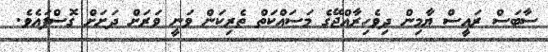
ސާބަސް ރައީސް ޔާމިން ދިވެހިރާއްޖޭގެ މަސައްކަތް ތެރިކަން ވަނީ ވަރަށް ދަށަށް ގޮސްފައެވެ.